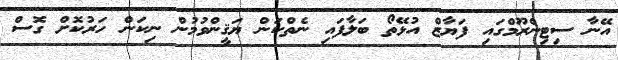
އޭނާ ސިޓިންރޫމްގައި ފަޔާޒް އުޅޭތޯ ބަލާފައި ނެތްކަން ޔަޤީންވުމުން ނިކަން ހަރުކޮށް ގޮސް